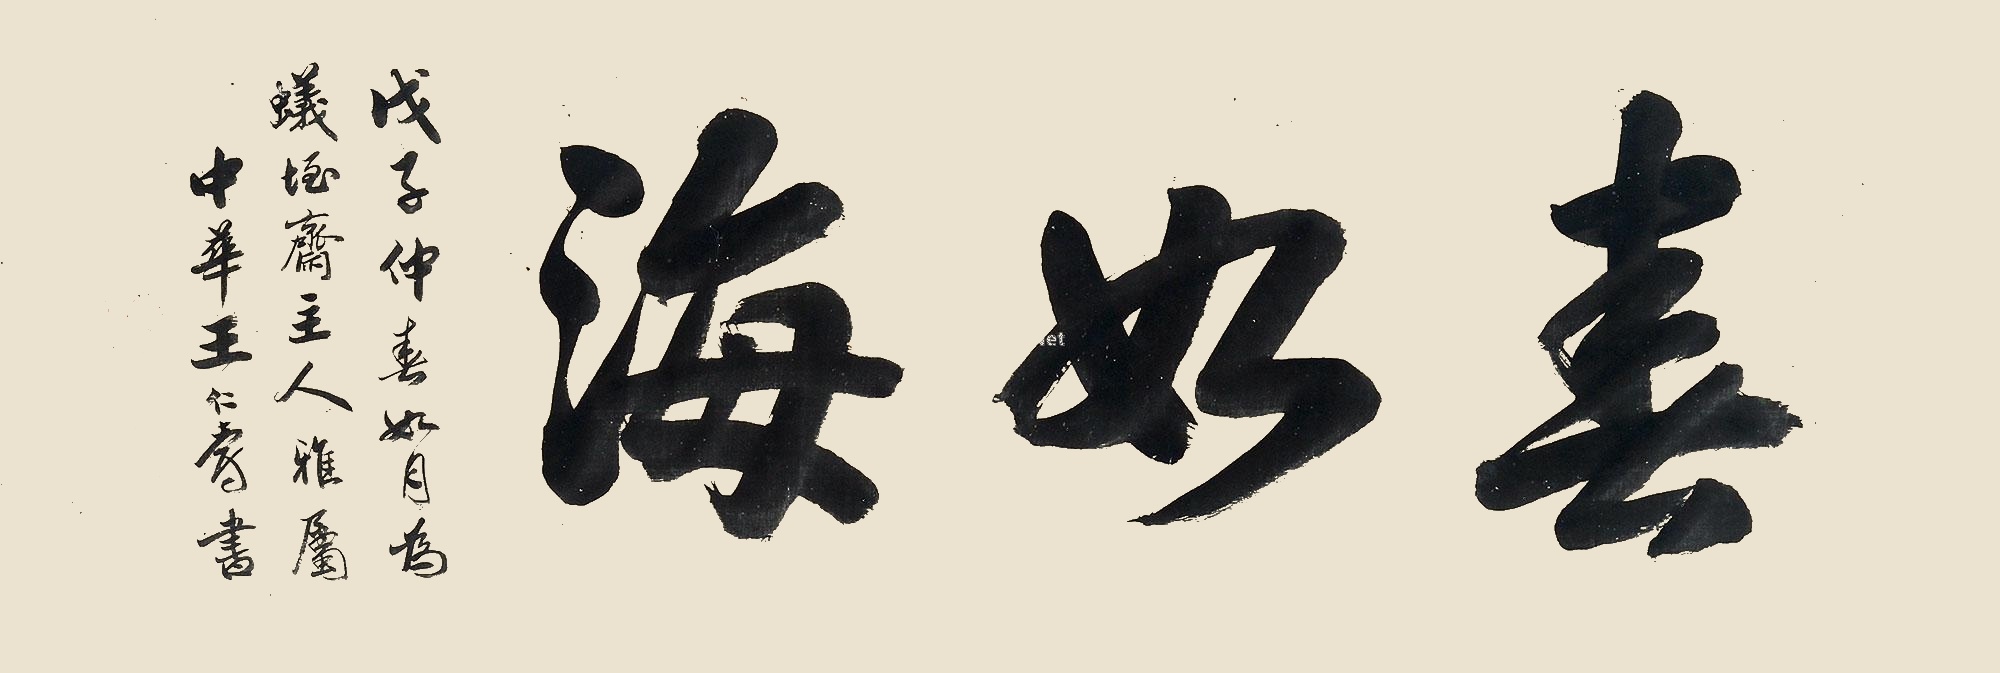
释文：带框戊子仲春如月为蚁恎斋主人雅属中华王仁寿书。